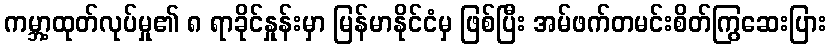
ကမ္ဘာ့ထုတ်လုပ်မှု၏ ၈ ရာခိုင်နှုန်းမှာ မြန်မာနိုင်ငံမှ ဖြစ်ပြီး အမ်ဖက်တမင်းစိတ်ကြွဆေးပြား